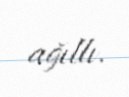
ağıllı.